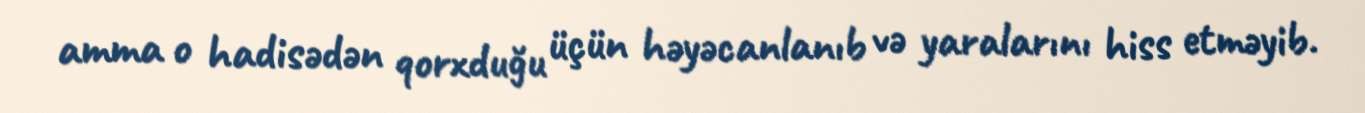
amma o hadisədən qorxduğu üçün həyəcanlanıb və yaralarını hiss etməyib.